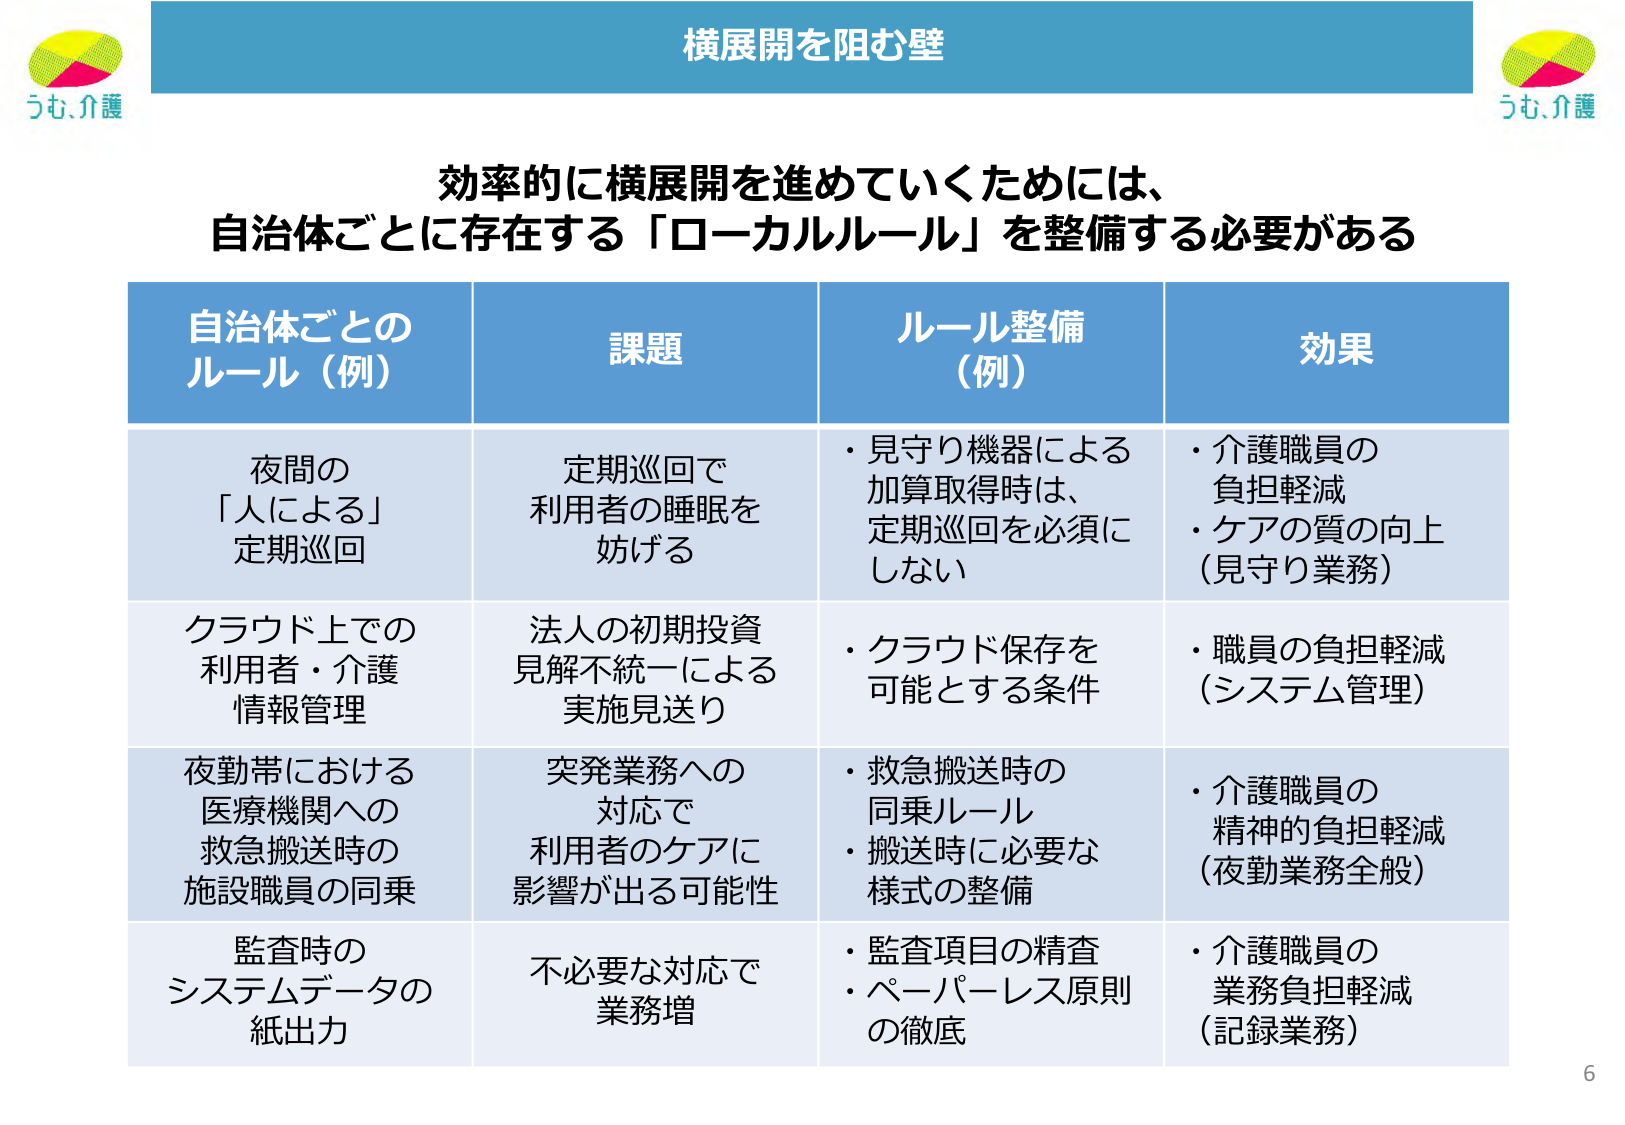
横展開を阻む壁

効率的に横展開を進めていくためには、
自治体ごとに存在する「ローカルルール」を整備する必要がある

自治体ごとの
ルール（例）　　　　　課題　　　　　　　ルール整備
（例）　　　　　　　効果

夜間の
「人による」
定期巡回　　　　　定期巡回で
利用者の睡眠を
妨げる　　　　　　・見守り機器による
加算取得時は、
定期巡回を必須に
しない　　　　　　・介護職員の
負担軽減
・ケアの質の向上
（見守り業務）

クラウド上での
利用者・介護
情報管理　　　　　法人の初期投資
見解不統一による
実施見送り　　　　・クラウド保存を
可能とする条件　　　・職員の負担軽減
（システム管理）

夜勤帯における
医療機関への
救急搬送時の
施設職員の同乗　　突発業務への
対応で
利用者のケアに
影響が出る可能性　　・救急搬送時の
同乗ルール
・搬送時に必要な
様式の整備　　　　・介護職員の
精神的負担軽減
（夜勤業務全般）

監査時の
システムデータの
紙出力　　　　　　不必要な対応で
業務増　　　　　　・監査項目の精査
・ペーパーレス原則
の徹底　　　　　　・介護職員の
業務負担軽減
（記録業務）

うも、介護
うも、介護
6